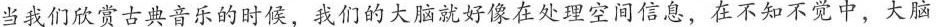
当我们欣赏古典音乐的时候，我们的大脑就好像在处理空间信息，在不知不觉中，大脑